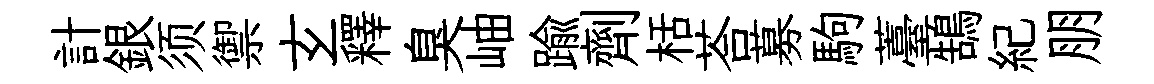
計銀须禦𤣥釋臭岫踰劑栝荅募駒薹鵠紀朋